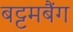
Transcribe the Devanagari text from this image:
बट्टमबैंग